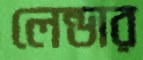
লেন্ডার